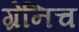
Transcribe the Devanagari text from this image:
ग्रेनिच